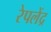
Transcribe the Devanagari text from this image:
रेपलेंद्र